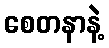
စေတနာနဲ့